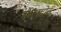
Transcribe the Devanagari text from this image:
बीटाट्रोन